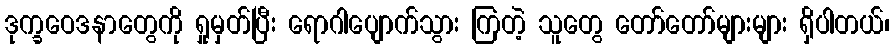
ဒုက္ခဝေဒနာတွေကို ရှုမှတ်ပြီး ရောဂါပျောက်သွား ကြတဲ့ သူတွေ တော်တော်များများ ရှိပါတယ်၊